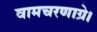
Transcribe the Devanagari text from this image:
वामचरणाग्रे।